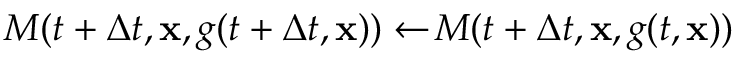
M ( t + \Delta t , \mathbf { x } , g ( t + \Delta t , \mathbf { x } ) ) \xleftarrow { } M ( t + \Delta t , \mathbf { x } , g ( t , \mathbf { x } ) )